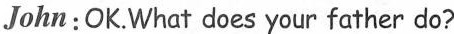
John: OK. What does your father do?